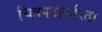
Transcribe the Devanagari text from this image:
चित्रपटांकरिता